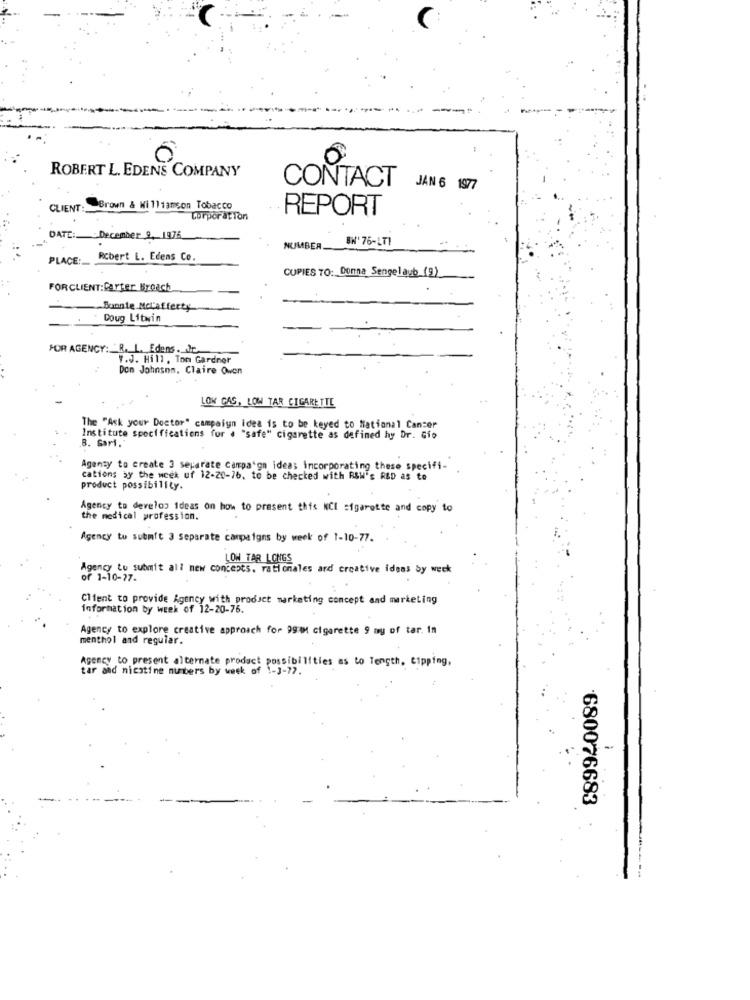
0
ROBERT L. EDENS COMPANY
CONTACT
JAN 6 1977
CLIENT:
Brown & Williamson Tobacco
Corporation
REPORT
DATE:
December 2, 1976
BH' 76-171
NUMBER.
PLACE:
Robert L. Edens Co.
COPIES TO: Donna Sengelaub_(g)
FORCLIENT:Carter Broach
Bonnie Mccafferty
Doug Litwin
FOR AGENCY: R. L. Edens . It
Y.J. Hill, Ton Gardner
Don Johnson. Claire Owen
LOW CAS, LOW TAR CIGARETTE
The "Ask your Doctor" campaign idea is to be keyed to National Cancer
Institute specifications for . "safe" cigarette as defined hy Dr. Gio
8. Gari."
Agenty to create 3 separate campaign ideas incorporating these specifi-
cations by the week uf 12-20-76, to be checked with RSW's RED as to
product possibility.
Agency to develop ideas on how to present this NCI cigarette and copy to
the medical profession.
Agency to submit 3 separate campaigns by week of 1-10-77.
LOW TAR LONGS
Agency to submit all new concepts, rationales and creative ideas by week
of 1-10-77.
Client to provide Agency with product marketing concept and marketing
information by week of 12-20-76.
Agency to explore creative approach for 991 cigarette 9 my of tar. in
menthol and regular.
Agency to present alternate product possibilities as to Tength, tipping,
tar and nicotine nunbers by week of 1-3-77.
680076683